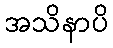
အသိနာပိ